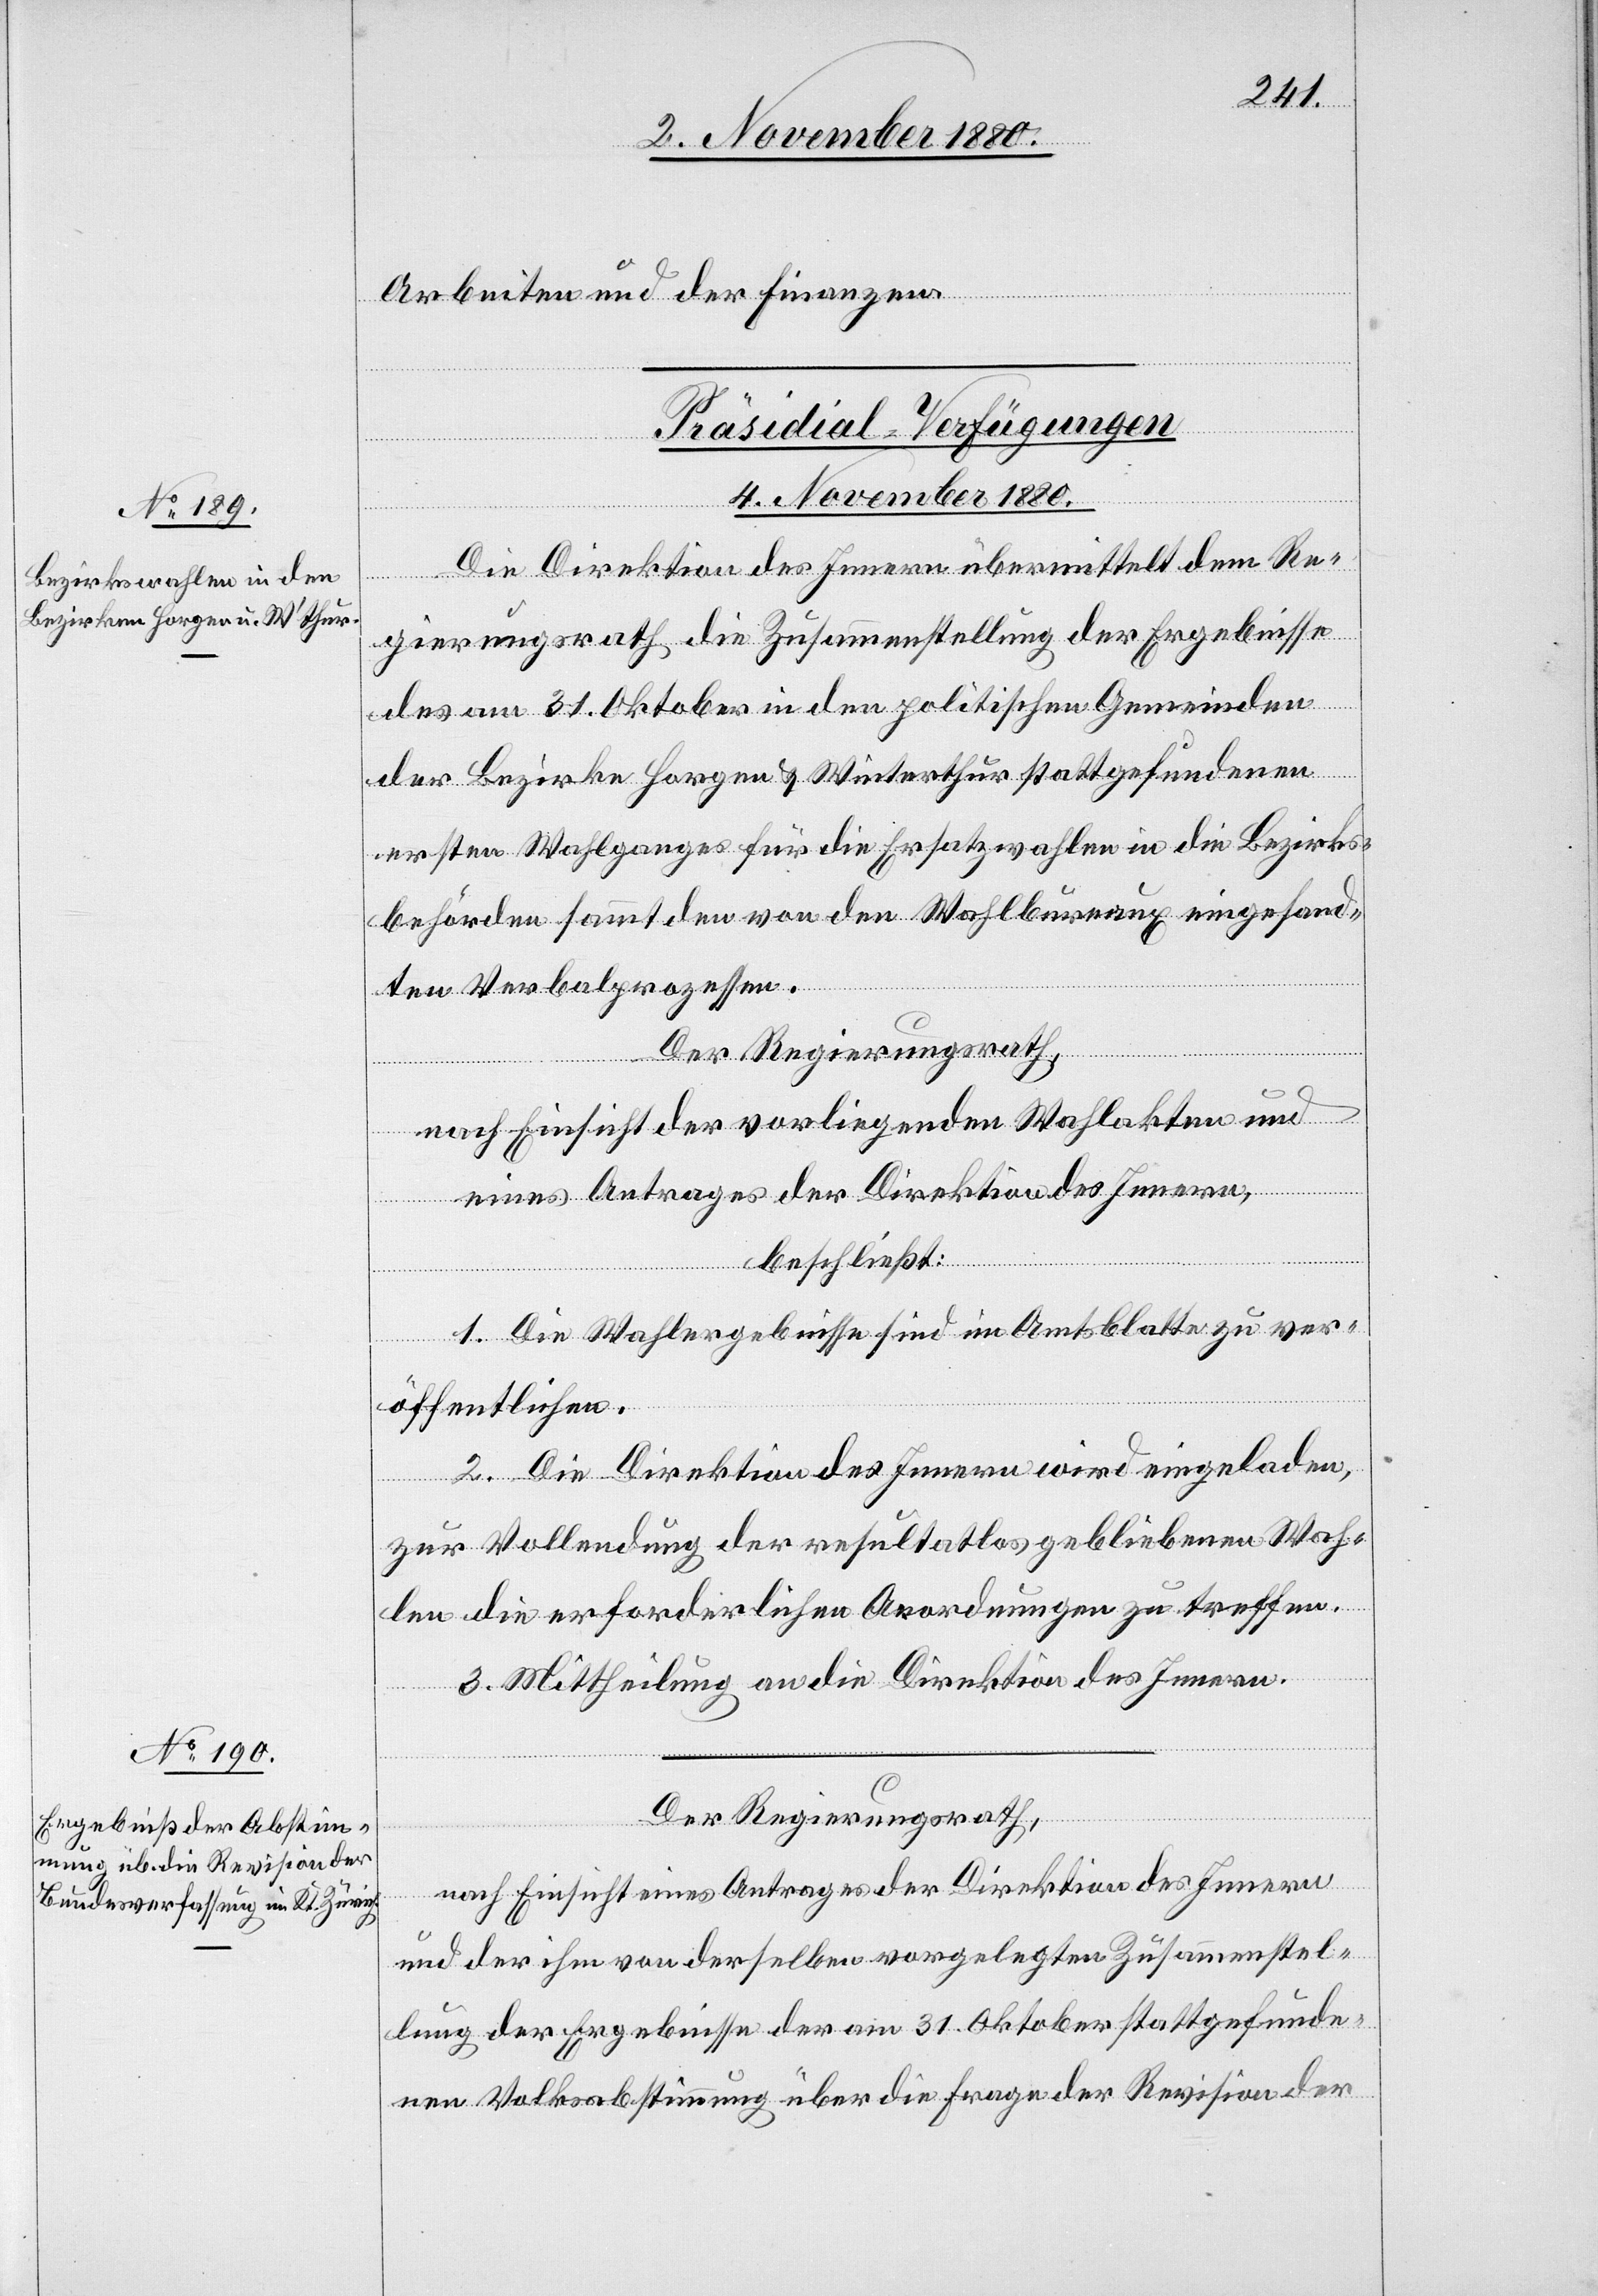
Arbeiten und der Finanzen.
[Präsidial-Verfügungen
4. November 1880.]
Die Direktion des Innern übermittelt dem Re¬
gierungsrath die Zusammenstellung der Ergebnisse
des am 31. Oktober in den politischen Gemeinden
der Bezirke Horgen & Winterthur stattgefundenen
ersten Wahlganges für die Ersatzwahlen in die Bezirks¬
behörden sammt den von den Wahlbureaux eingesand¬
ten Verbalprozessen.
Der Regierungsrath,
nach Einsicht der vorliegenden Wahlakten und
eines Antrages der Direktion des Innern,
beschließt:
1. Die Wahlergebnisse sind im Amtsblatte zu ver¬
öffentlichen.
2. Die Direktion des Innern wird eingeladen,
zur Vollendung der resultatlos gebliebenen Wah¬
len die erforderlichen Anordnungen zu treffen.
3. Mittheilung an die Direktion des Innern.
Der Regierungsrath,
nach Einsicht eines Antrages der Direktion des Innern
und der ihm von derselben vorgelegten Zusammenstel¬
lung der Ergebnisse der am 31. Oktober stattgefunde¬
nen Volksabstimmung über die Frage der Revision der